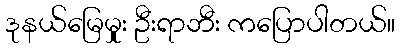
ဒုနယ်မြေမှုုး ဦးရာဘီး ကပြောပါတယ်။